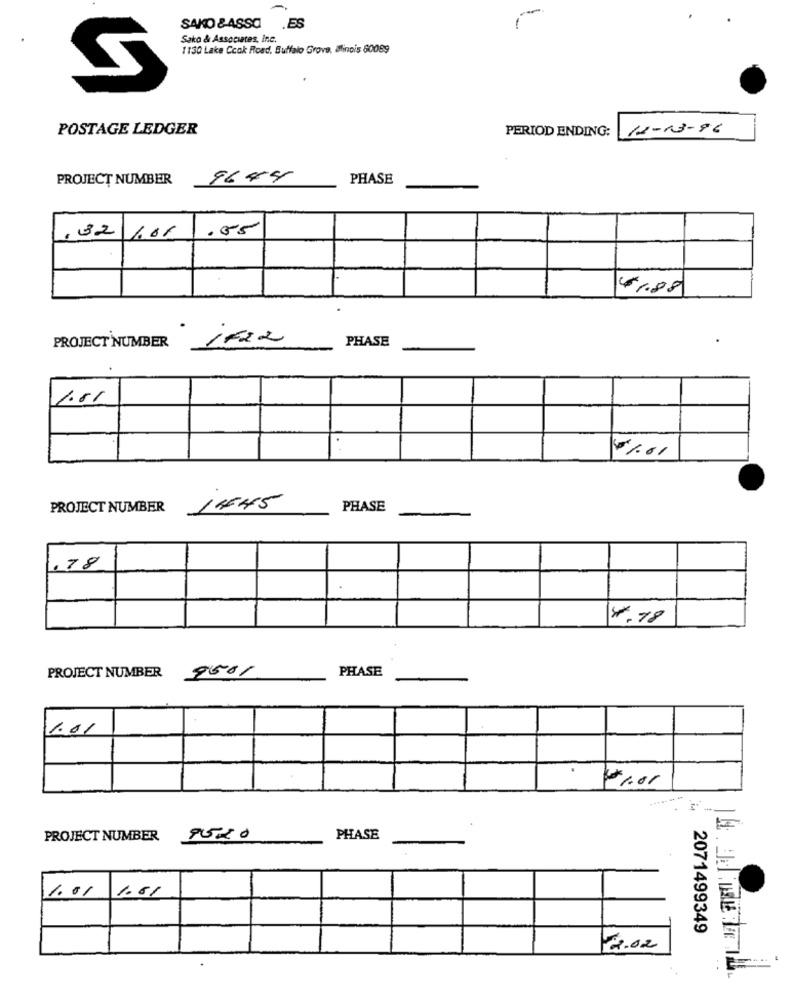
-
-
SAKO & ASSO
ES
Sako & Associates, Inc.
1130 Lake Cook Road, Buffalo Grove, Ilinois 60089
POSTAGE LEDGER
PERIOD ENDING:
12-13-96
PROJECT NUMBER
9645
PHASE
.55
32101
€1.88
iFIR
PHASE
.
PROJECT NUMBER
1.61
6%.01
PROJECT NUMBER
1645
PHASE
.78
4. 18
PROJECT NUMBER
9501
PHASE
1.01
1.01
-- -
PROJECT NUMBER
9520
PHASE
1.01
1.61
2071499349
12.02